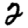
Digit: 2